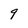
Character: 9